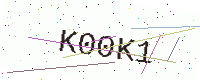
Text: K00K1